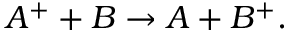
\begin{array} { r } { A ^ { + } + B \rightarrow A + B ^ { + } . } \end{array}